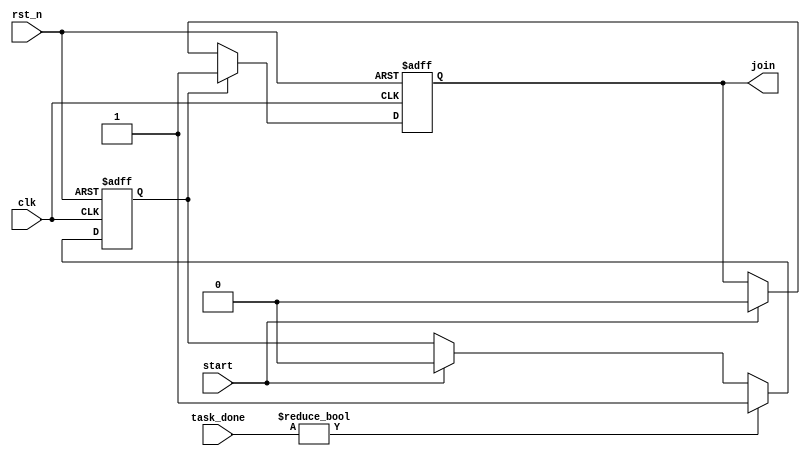
module ForkJoinAny #(
    parameter NUM_TASKS = 4  // Define the number of concurrent tasks
)(
    input wire clk,               // Clock signal
    input wire rst_n,             // Active low reset signal
    input wire start,             // Start signal to initiate tasks
    input wire [NUM_TASKS-1:0] task_done, // Task completion signals
    output reg join               // Join signal indicating at least one task has completed
);

// Internal state to track if any task has completed
reg any_task_done;

// Sequential logic to manage the join signal and task completion
always @(posedge clk or negedge rst_n) begin
    if (!rst_n) begin
        join <= 1'b0;             // Clear join signal on reset
        any_task_done <= 1'b0;    // Clear task done flag
    end else begin
        if (start) begin
            join <= 1'b0;         // Reset join signal on start
            any_task_done <= 1'b0; // Reset any task done flag
        end
        
        // Check if any of the task completion signals are high
        if (task_done != 0) begin
            any_task_done <= 1'b1; // At least one task has completed
        end
        
        // Assert join signal if any task is done
        if (any_task_done) begin
            join <= 1'b1;          // Assert join signal
        end
    end
end

endmodule